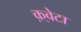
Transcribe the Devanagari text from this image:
क़्वेटा